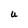
Character: u